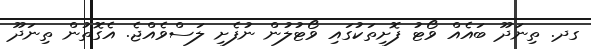
ގދ. ތިނަދޫ ބައެއް ވޯޓު ފޮށިތަކުގައި ވޯޓުލުން ނުފެށި ލަސްވެއްޖެ. އެގޮތުން ތިނަދޫ